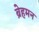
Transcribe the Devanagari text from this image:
ब्रेहमन